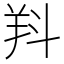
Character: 𣁵